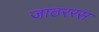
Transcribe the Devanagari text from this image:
जाठररस